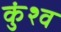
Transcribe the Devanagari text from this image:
कुंश्व